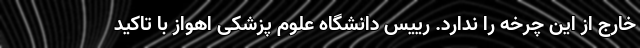
خارج از این چرخه را ندارد. رییس دانشگاه علوم پزشکی اهواز با تاکید